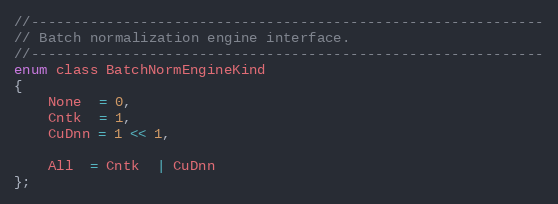
Language: C
//-------------------------------------------------------------
// Batch normalization engine interface.
//-------------------------------------------------------------
enum class BatchNormEngineKind
{
    None  = 0,
    Cntk  = 1,
    CuDnn = 1 << 1,

    All  = Cntk  | CuDnn
};